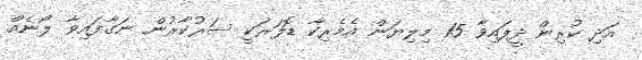
އަދި ކުރިން ދީފައިވާ 15 މިލިޔަން އެމެރިކާ ޑޮލަރަކީ ސަރުކާރުން ނަގާފައިވާ ލޯނެއް